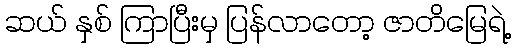
ဆယ် နှစ် ကြာပြီးမှ ပြန်လာတော့ ဇာတိမြေရဲ့